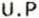
U.P